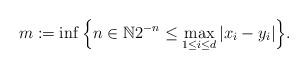
LaTeX: \begin{align*}m:=\inf\Big\{n\in \mathbb{N} 2^{-n}\leq \max_{1\leq i\leq d}|x_i-y_i|\Big\}.\end{align*}